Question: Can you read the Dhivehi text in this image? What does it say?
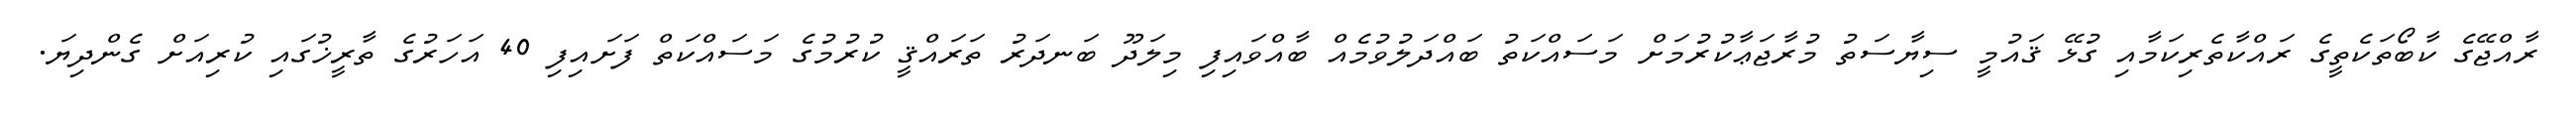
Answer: ރާއްޖޭގެ ކާބޯތަކެތީގެ ރައްކާތެރިކަމާއި ގުޅޭ ޤައުމީ ސިޔާސަތު މުރާޖަޢާކުރުމަށް މަސައްކަތު ބައްދަލުވުމެއް ބާއްވައިފި މިލަދޫ ބަނދަރު ތަރައްޤީ ކުރުމުގެ މަސައްކަތް ފަށައިފި 40 އަހަރުގެ ތާރީޚުގައި ކުރިއަށް ގެންދިޔަ.